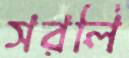
সরলি